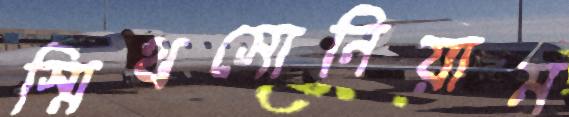
স্মিথসোনিয়াম